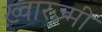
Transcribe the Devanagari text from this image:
ख़्वारज़्मी